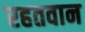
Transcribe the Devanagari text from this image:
रहतवान